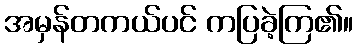
အမှန်တကယ်ပင် ကပြခဲ့ကြ၏။